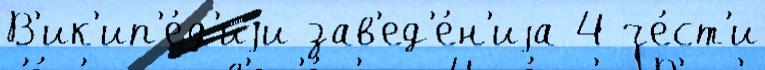
В'ик'ип'е́д'иjи зав'ед'е́н'иjа 4 че́ст'и